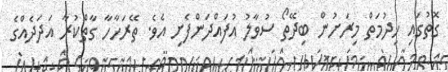
ގޮތުގައި ޚިދުމަތް މިރަށުން ބިދޭތޯ ސުވާލު އުފައްދަންފެށި އެވެ. ތޭރަހާހާ ގާތްކުރާ އަދަދެއްގެ